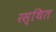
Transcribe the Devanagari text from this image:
रस्थित